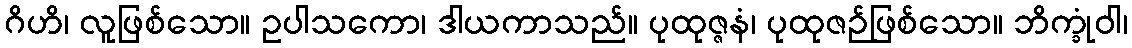
ဂိဟိ၊ လူဖြစ်သော။ ဥပါသကော၊ ဒါယကာသည်။ ပုထုဇ္ဇနံ၊ ပုထုဇဉ်ဖြစ်သော။ ဘိက္ခုံဝါ၊